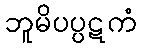
ဘူမိပပ္ပဋကံ